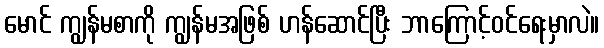
မောင် ကျွန်မစာကို ကျွန်မအဖြစ် ဟန်ဆောင်ပြီး ဘာကြောင့်ဝင်ရေးမှာလဲ။